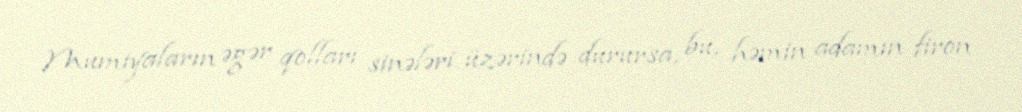
Mumiyaların əgər qolları sinələri üzərində durursa, bu, həmin adamın firon